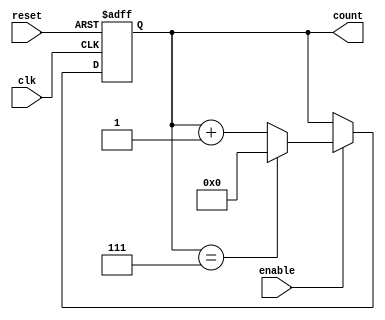
module modulo_n_up_counter (
    input wire clk,
    input wire reset,
    input wire enable,
    output reg [N-1:0] count
);

parameter N = 8; // Change N to desired count value

always @ (posedge clk or posedge reset) begin
    if (reset) begin
        count <= 0;
    end else if (enable) begin
        if (count == N-1) begin
            count <= 0;
        end else begin
            count <= count + 1;
        end
    end
end

endmodule